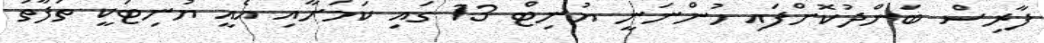
ފާރިސް ބަންދުކޮށްފައި ހުންނަނީ ޔުނިޓް 13 ގައި ކަމަށާއި އެއީ ޔުނިޓަކީ ތަފާތު